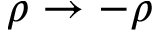
\rho \to - \rho